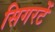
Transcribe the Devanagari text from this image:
सिगरटें